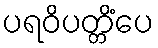
ပရဝိပတ္တိံပေ